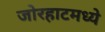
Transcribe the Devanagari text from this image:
जोरहाटमध्ये